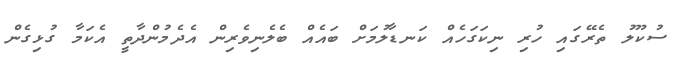
ސުކޫލު ތެރޭގައި ހުރި ނިކަގަހެއް ކަނޑާލުމަށް ބައެއް ބެލެނިވެރިން އެދެމުންދާތީ އެކަމާ ގުޅިގެން